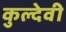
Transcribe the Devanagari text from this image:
कुल्देवी